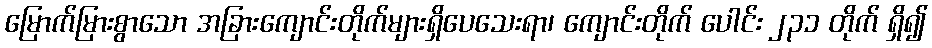
မြောက်မြားစွာသော အခြားကျောင်းတိုက်များရှိပေသေးရာ၊ ကျောင်းတိုက် ပေါင်း ၂၃၁ တိုက် ရှိ၍